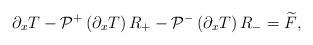
LaTeX: \begin{align*}\partial_x T-\mathcal{P}^+\left(\partial_x T\right) R_+-\mathcal{P}^-\left(\partial_x T\right) R_-=\widetilde{F},\end{align*}